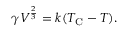
\gamma V ^ { \frac { 2 } { 3 } } = k ( T _ { \mathrm { C } } - T ) .